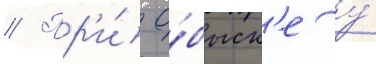
// Пр'и́ о́быск'е у́